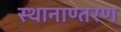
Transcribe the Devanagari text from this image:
स्थानाण्तरण